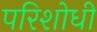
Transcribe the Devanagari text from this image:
परिशोधी